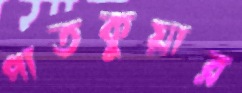
পাতকুয়ার